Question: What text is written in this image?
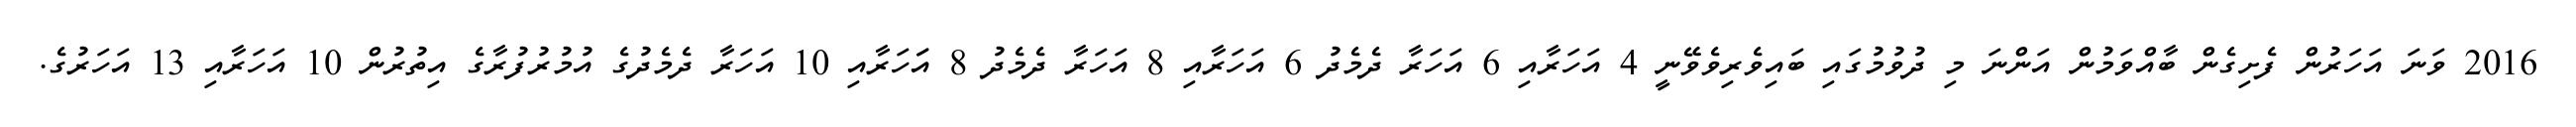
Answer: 2016 ވަނަ އަހަރުން ފެށިގެން ބާއްވަމުން އަންނަ މި ދުވުމުގައި ބައިވެރިވެވޭނީ 4 އަހަރާއި 6 އަހަރާ ދެމެދު 6 އަހަރާއި 8 އަހަރާ ދެމެދު 8 އަަހަރާއި 10 އަހަރާ ދެމެދުގެ އުމުރުފުރާގެ އިތުރުން 10 އަހަރާއި 13 އަހަރުގެ.